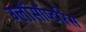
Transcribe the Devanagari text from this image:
ग्लॉसॉप्टरिस